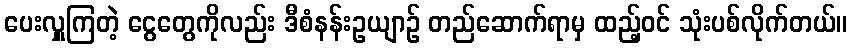
ပေးလှူကြတဲ့ ငွေတွေကိုလည်း ဒီစံနန်းဥယျာဉ် တည်ဆောက်ရာမှ ထည့်ဝင် သုံးပစ်လိုက်တယ်။